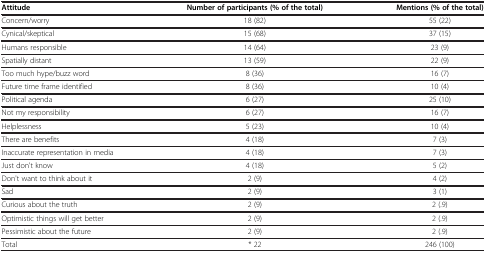
| Attitude | Number of participants (% of the total) | Mentions (% of the total) |
 | --- | --- | --- |
 | Concern/worry | 18 (82) | 55 (22) |
 | Cynical/skeptical | 15 (68) | 37 (15) |
 | Humans responsible | 14 (64) | 23 (9) |
 | Spatially distant | 13 (59) | 22 (9) |
 | Too much hype/buzz word | 8 (36) | 16 (7) |
 | Future time frame identified | 8 (36) | 10 (4) |
 | Political agenda | 6 (27) | 25 (10) |
 | Not my responsibility | 6 (27) | 16 (7) |
 | Helplessness | 5 (23) | 10 (4) |
 | There are benefits | 4 (18) | 7 (3) |
 | Inaccurate representation in media | 4 (18) | 7 (3) |
 | Just don't know | 4 (18) | 5 (2) |
 | Don't want to think about it | 2 (9) | 4 (2) |
 | Sad | 2 (9) | 3 (1) |
 | Curious about the truth | 2 (9) | 2 (.9) |
 | Optimistic things will get better | 2 (9) | 2 (.9) |
 | Pessimistic about the future | 2 (9) | 2 (.9) |
 | Total | * 22 | 246 (100) |